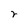
Character: r